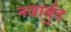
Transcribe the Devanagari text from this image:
नवार्बुद